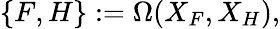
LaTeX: \{ F,H\} :=\Omega(X_{F},X_{H}),